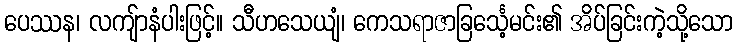
ပေဿန၊ လကျ်ာနံပါးဖြင့်။ သီဟသေယျံ၊ ကေသရာဇာခြင်္သေ့မင်း၏ အိပ်ခြင်းကဲ့သို့သော